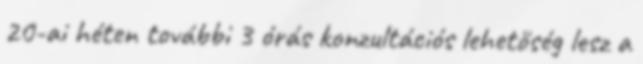
20-ai héten további 3 órás konzultációs lehetőség lesz a